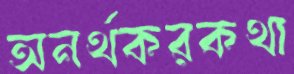
অনর্থকরকথা